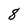
Character: 8